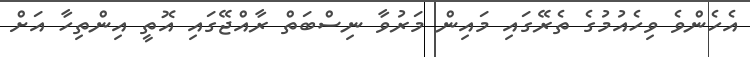
އެހެންވެ ވިހެއުމުގެ ތެރޭގައި މައިން މަރުވާ ނިސްބަތް ރާއްޖޭގައި އޮތީ އިންތިހާ އަށް